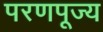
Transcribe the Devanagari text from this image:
परणपूज्य